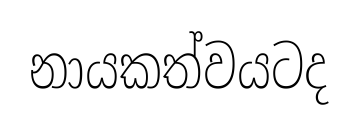
නායකත්වයටද